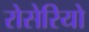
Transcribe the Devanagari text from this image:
रोसेरियो